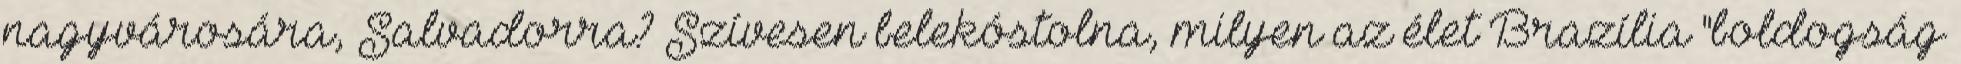
nagyvárosára, Salvadorra? Szívesen belekóstolna, milyen az élet Brazília "boldogság